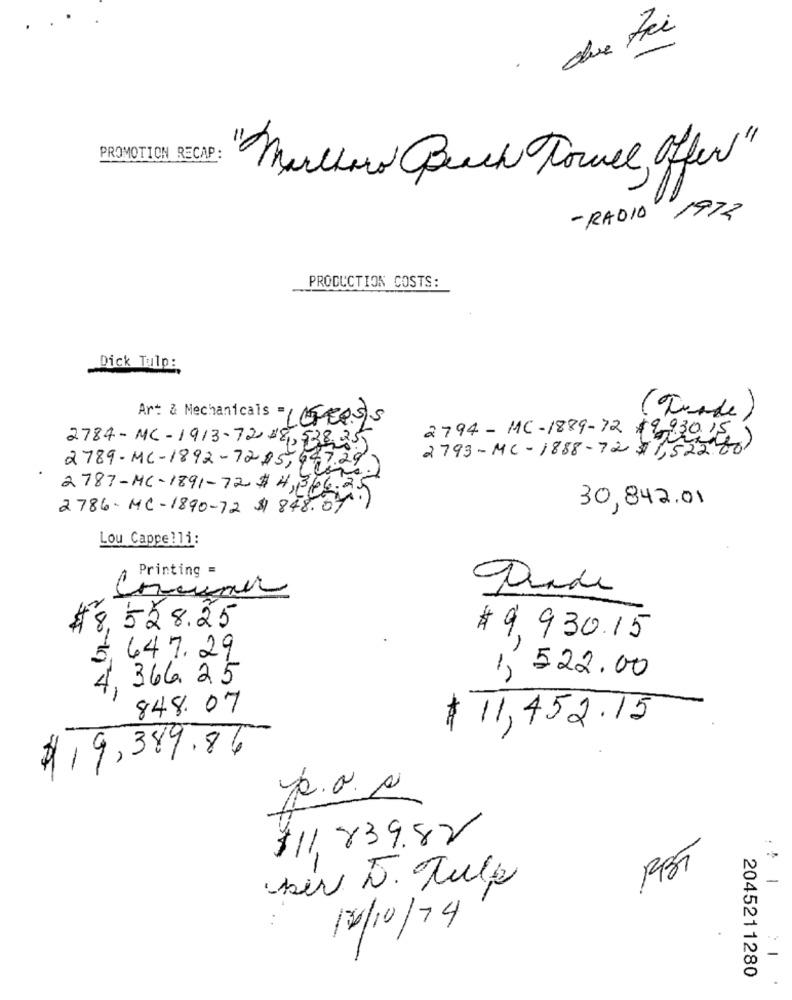
due Fri
PROMOTION RECAP:
"Muchowo Buch Towel Offer"
- RADIO
1972
PRODUCTION COSTS:
Dick Tulp:
Art & Mechanicals = ess
(Tunde)
2794-11C-1889-72 $9 930.15
2784-MC-1913-7238,538255
2793-MC-1888-72 $1,52260
2789-MC-1892-7215,447.29
2787-MC-1891-72# 4,366.25
2786-MC-1890-72 $ 848.07
30,842.01
Lou Cappelli:
Printing
$8. 528.25
# 9,930.15
5,647.29
366.25
1, 522.00
4
848.07
$11,452.15
$19,389.84
p.o.s
$11,839.82
ser D. Tulp
18/10/74
2045211280